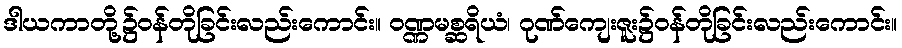
ဒါယကာတို့၌ဝန်တိုခြင်းလည်းကောင်း။ ဝဏ္ဏမစ္ဆရိယံ၊ ဂုဏ်ကျေးဇူး၌ဝန်တိုခြင်းလည်းကောင်း။